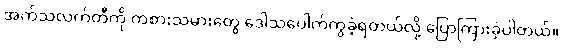
အက်သလက်တီကို ကစားသမားတွေ ဒေါသပေါက်ကွဲခဲ့ရတယ်လို့ ပြောကြားခဲ့ပါတယ်။